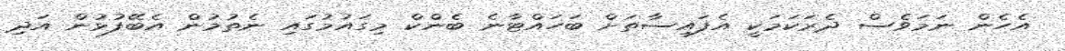
އެހެން ނަމަވެސް ދެރަކަމަކީ އެފައިސާތަށް ބަހައްޓާނެ ބެންކް މިގައުމުގައި ނެތުމުން އެބޭފުޅުން އަދި